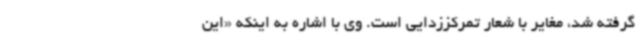
گرفته شد، مغایر با شعار تمرکززدایی است. وی با اشاره به اینکه «این